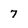
Character: 7